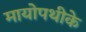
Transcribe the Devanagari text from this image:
मायोपथीके